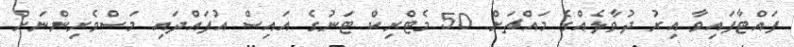
ފައްޓާފައިވާ އިރު ދުވާލެއްގެ މައްޗަށް 50 މެޓްރިކް ޓަނުގެ އައިސް އުފައްދައި މަސްވެރިންނަށް